画像に写った文字を読んでください
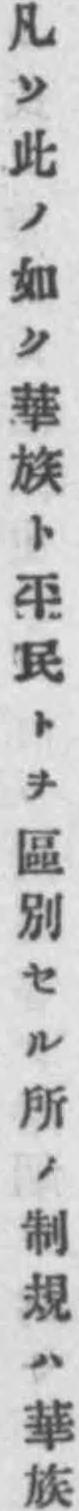
「凡ソ此ノ如ク華族ト平民トヲ區別セル所ノ制規ハ華族」と書いてあります